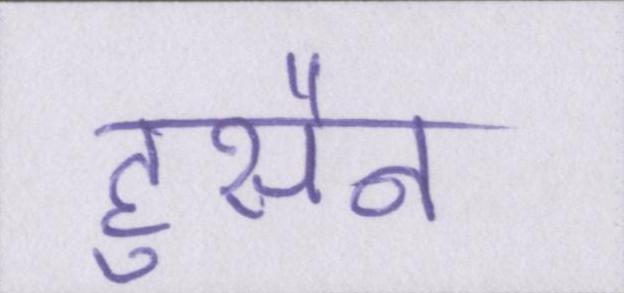
हुसैन